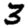
Digit: 3